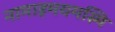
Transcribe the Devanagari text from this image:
नामाहमयमस्मि